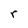
Character: r